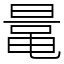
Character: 鼌